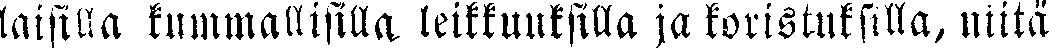
taisilla kummallisilla, leikkuuksilla ja koristuksilla, niitä